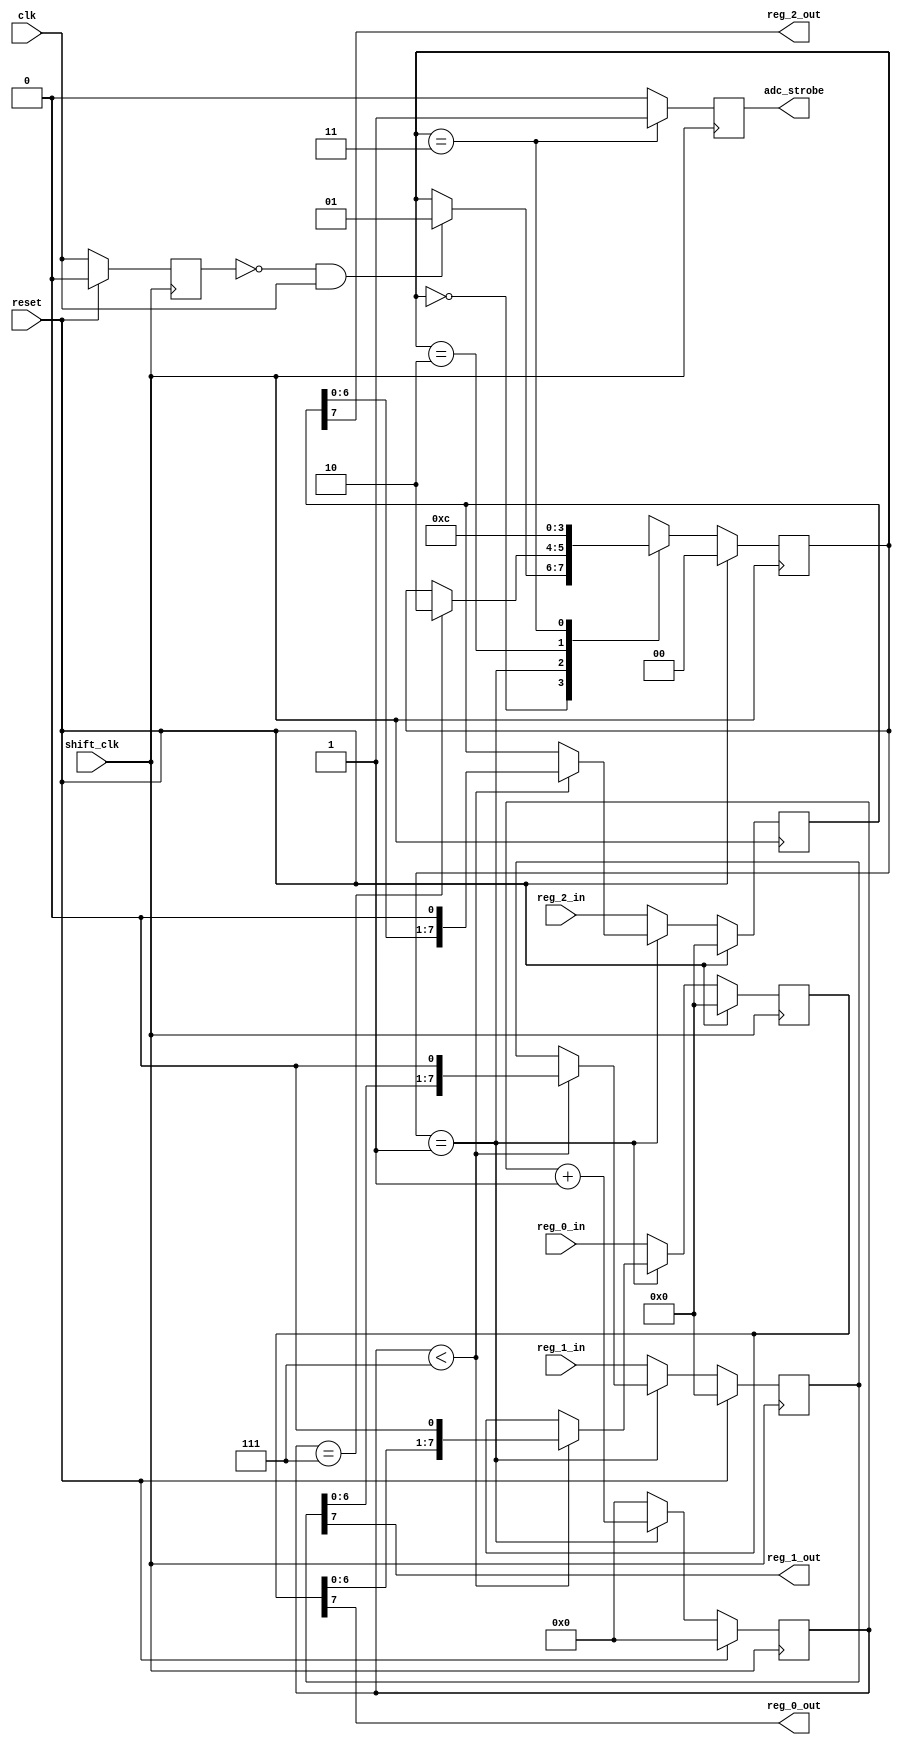
`define STATE_WAIT    2'h0
`define STATE_SHIFT   2'h1
`define STATE_STROBE  2'h2
`define STATE_STROBE2 2'h3

module adc_shift (
  clk,
  shift_clk,
  reset,
  reg_0_in,
  reg_1_in,
  reg_2_in,
  reg_0_out,
  reg_1_out,
  reg_2_out,
  adc_strobe
);

input clk, shift_clk, reset;
input [7:0] reg_0_in, reg_1_in, reg_2_in;
output reg_0_out, reg_1_out, reg_2_out, adc_strobe;

reg [7:0] reg_0, reg_1, reg_2;
reg [1:0] state, next_state;
reg [3:0] shift_cnt;

reg prev_clk_val;
reg adc_strobe;

wire reg_0_out, reg_1_out, reg_2_out;

assign reg_0_out = reg_0[7];
assign reg_1_out = reg_1[7];
assign reg_2_out = reg_2[7];

// State register
always @( posedge shift_clk )
begin
  if( reset )
    state <= `STATE_WAIT;
  else
    state <= next_state;
end

// ADC Strobe
always @( negedge shift_clk )
begin
  if( state == `STATE_STROBE2 )
    adc_strobe <= 1;
  else
    adc_strobe <= 0;
end

// Counter and Shifters
always @( posedge shift_clk )
begin
  if( reset )
  begin
    prev_clk_val <= 0;
    shift_cnt <= 0;
    reg_0 <= 0;
    reg_1 <= 0;
    reg_2 <= 0;
  end
  else
  begin
    prev_clk_val <= clk;
 
    if( state == `STATE_SHIFT )
    begin
      if( shift_cnt < 7 )
      begin
        reg_0 <= { reg_0[6:0], 1'b0 };
        reg_1 <= { reg_1[6:0], 1'b0 };
        reg_2 <= { reg_2[6:0], 1'b0 };
      end
      shift_cnt <= shift_cnt + 1;
    end
    else
    begin
      reg_0 <= reg_0_in;
      reg_1 <= reg_1_in;
      reg_2 <= reg_2_in;
      shift_cnt <= 0;
    end
  end
end

// Next State Logic
always @( state or prev_clk_val or clk or shift_cnt )
begin
  next_state = state;
  case( state )
    `STATE_WAIT:
      if( prev_clk_val == 1'b0 && clk == 1'b1 )
        next_state = `STATE_SHIFT;
    `STATE_SHIFT:
      if( shift_cnt == 7 )
        next_state = `STATE_STROBE;
    `STATE_STROBE:
      next_state = `STATE_STROBE2;
    `STATE_STROBE2:
      next_state = `STATE_WAIT;
    default:
      next_state = `STATE_WAIT;
  endcase
end

endmodule